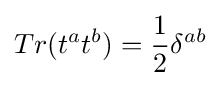
Tr(t^{a}t^{b})={\frac {1}{2}}\delta ^{ab}